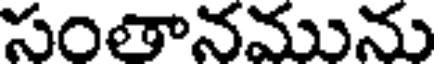
సంతానమును